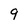
Character: 9